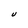
Character: U